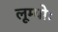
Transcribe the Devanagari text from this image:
लूम्योः